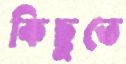
কিছুতে